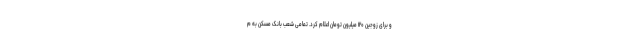
و برای زوجین ۱۲۰ میلیون تومان اعلام کرد. تمامی شعب بانک مسکن به م